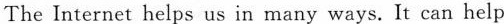
The Internet helps us in many ways.It can help